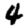
Digit: 4